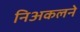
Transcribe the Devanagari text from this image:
निअकलने